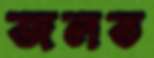
জলত